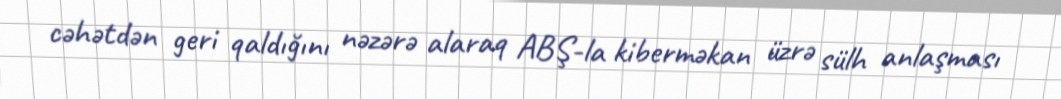
cəhətdən geri qaldığını nəzərə alaraq ABŞ-la kiberməkan üzrə sülh anlaşması